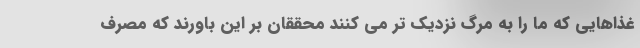
غذاهایی که ما را به مرگ نزدیک تر می کنند محققان بر این باورند که مصرف